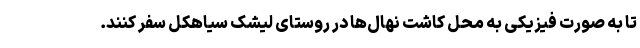
تا به صورت فیزیکی به محل کاشت نها‌ل‌ها در روستای لیشک سیاهکل سفر کنند.